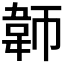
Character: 𬰪